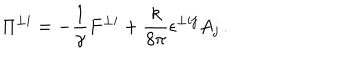
\Pi ^ { \perp i } = - \frac { 1 } { \gamma } F ^ { \perp i } + \frac { k } { 8 \pi } \epsilon ^ { \perp i j } A _ { j } \, .